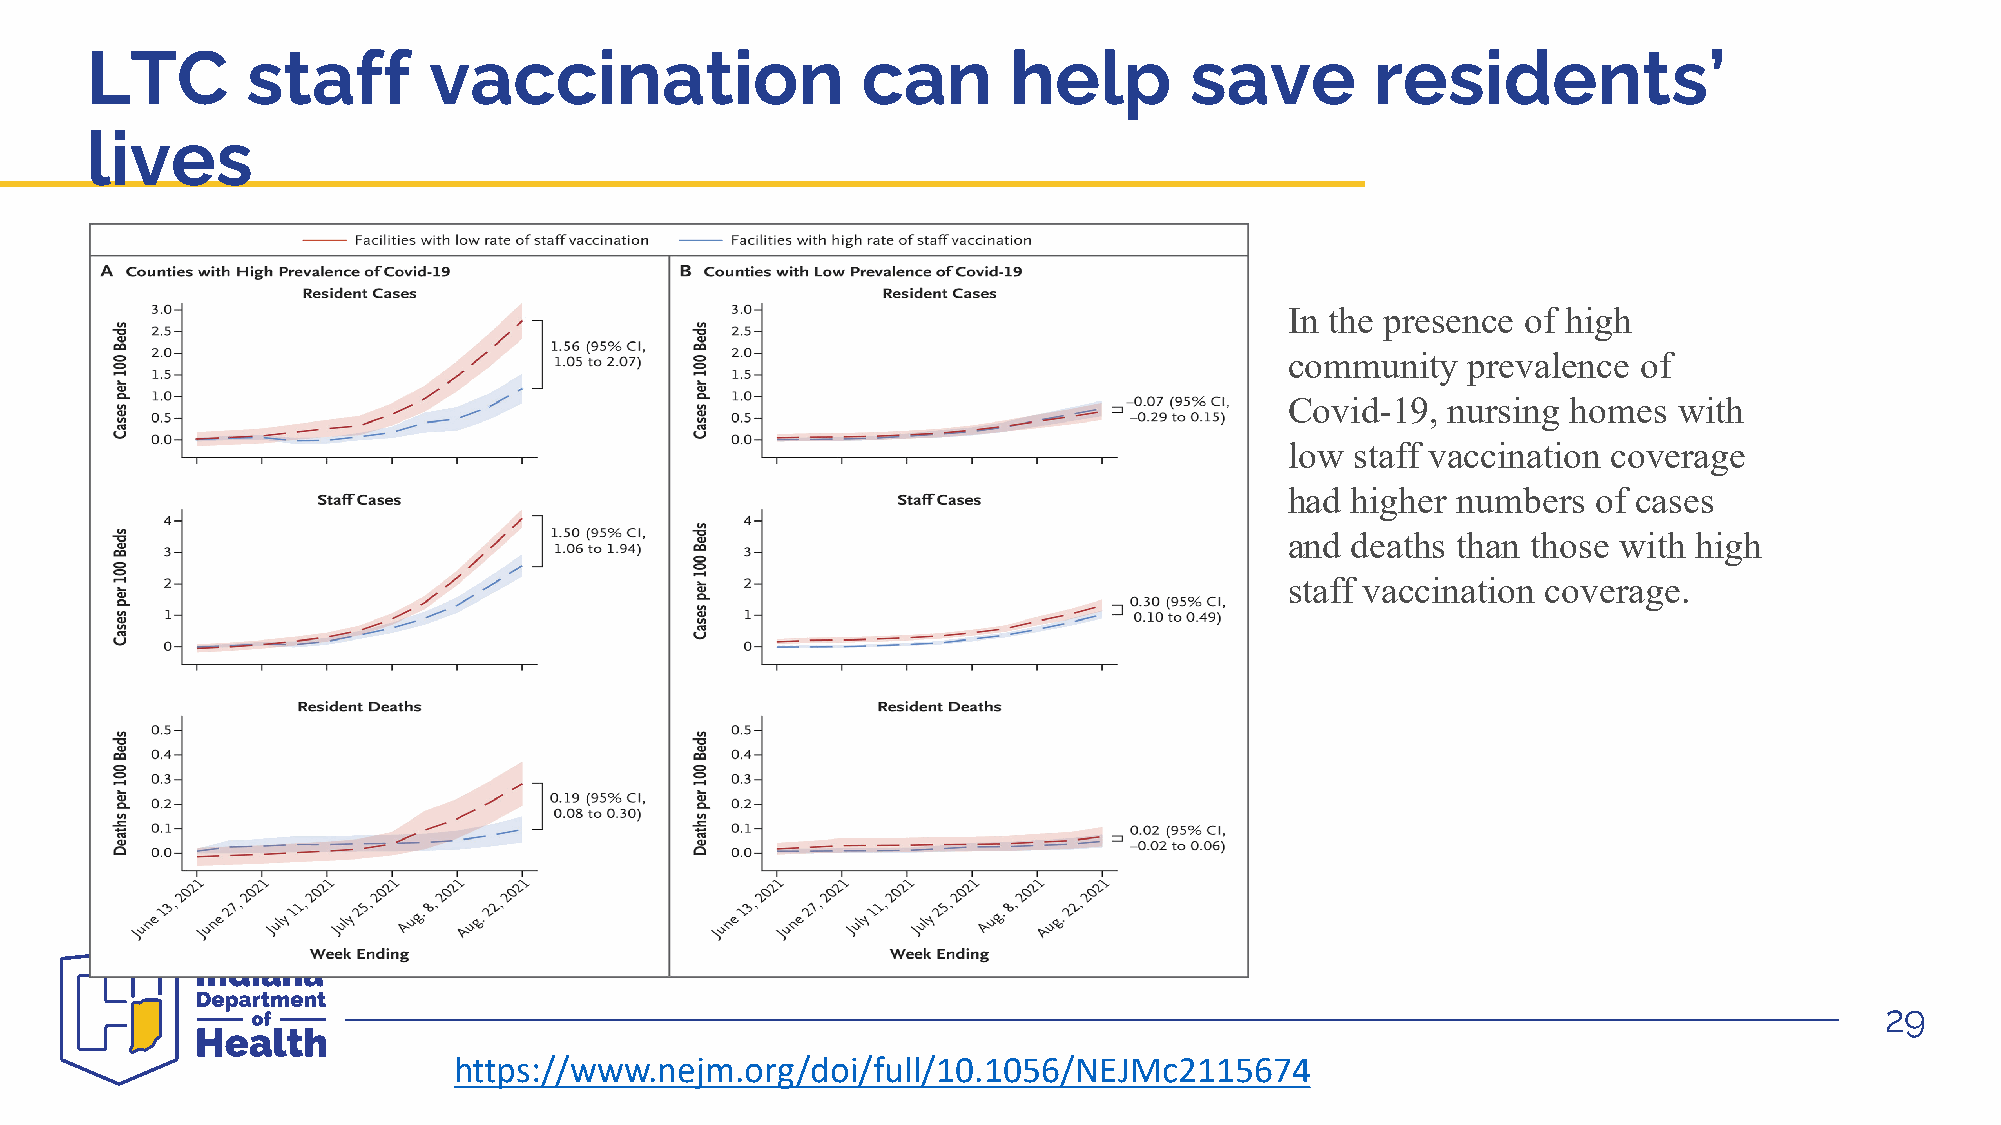
LTC       staff       vaccination                  can       help        save        residents’
 lives
 In the presence of high
 I
 community   prevalence  of
 Covid-19,  nursing homes  with
 low  staff vaccination coverage
 had higher numbers   of cases
 and deaths than those with high
 staff vaccination coverage.
 29
 https://www.nejm.org/doi/full/10.1056/NEJMc2115674